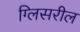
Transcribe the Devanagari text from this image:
ग्लिसरील